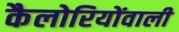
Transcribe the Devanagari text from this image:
कैलोरियोंवाली